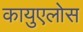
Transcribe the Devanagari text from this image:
कायुएलोस